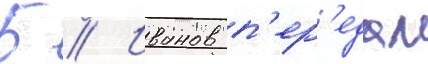
Б // Иванов п'ер'едал